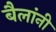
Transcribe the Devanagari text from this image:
बैलांनी